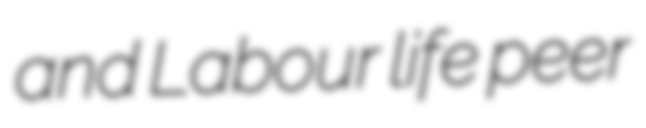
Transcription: and Labour life peer